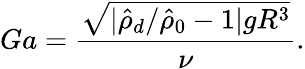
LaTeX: Ga=\frac{\sqrt{|\hat{\rho}_{d}/\hat{\rho}_{0}-1|gR^{3}}}{\nu}.